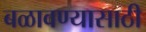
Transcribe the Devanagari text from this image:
बळावण्यासाठी